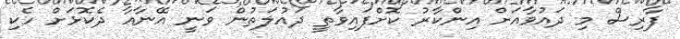
ފާރިސް މި ދައުވާއަށް އިންކާރު ކޮށްފައިވާތީ ދައުލަތުން ވަނީ އޭނާއާ ދެކޮޅަށް ހެކި